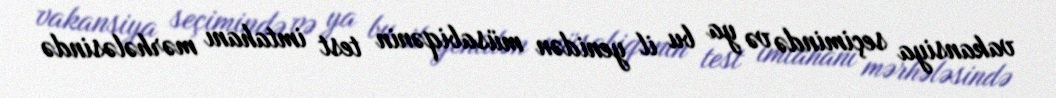
vakansiya seçimində və ya bu il yenidən müsabiqənin test imtahanı mərhələsində